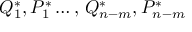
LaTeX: { Q } _ { 1 } ^ { \ast } , { P } _ { 1 } ^ { \ast } \dots , \, { Q } _ { n - m } ^ { \ast } , { P } _ { n - m } ^ { \ast }